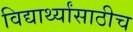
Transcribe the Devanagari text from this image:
विद्यार्थ्यांसाठीच